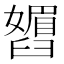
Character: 𬛾